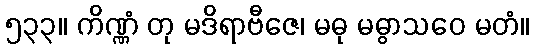
၅၃၃။ ကိဏ္ဏံ တု မဒိရာဗီဇေ၊ မဓု မဓွာသဝေ မတံ။